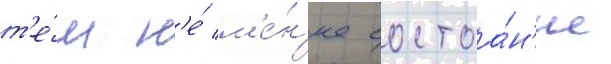
т'е́м н'е́ м'е́н'ее состоа́н'ие